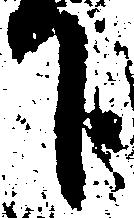
下